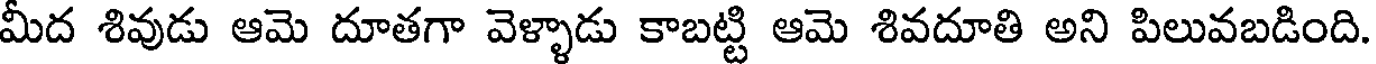
మీద శివుడు ఆమె దూతగా వెళ్ళాడు కాబట్టి ఆమె శివదూతి అని పిలువబడింది